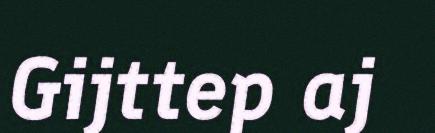
Gijttep aj